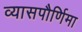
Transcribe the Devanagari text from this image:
व्यासपौर्णिमा